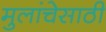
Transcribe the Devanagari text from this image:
मुलांचेसाठी